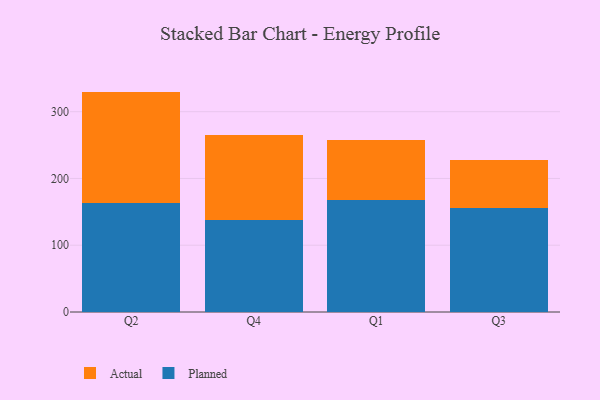
{"axis": {"x": "Quarter", "y": "Conversion Rate (%)"}, "legend": ["Actual", "Planned"], "data": [{"x": "Q2", "y": 163.5, "type": "Planned"}, {"x": "Q2", "y": 166.6, "type": "Actual"}, {"x": "Q4", "y": 137.8, "type": "Planned"}, {"x": "Q4", "y": 127.2, "type": "Actual"}, {"x": "Q1", "y": 167.3, "type": "Planned"}, {"x": "Q1", "y": 91.0, "type": "Actual"}, {"x": "Q3", "y": 155.3, "type": "Planned"}, {"x": "Q3", "y": 71.9, "type": "Actual"}]}